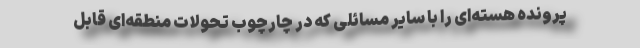
پرونده هسته‌ای را با سایر مسائلی که در چارچوب تحولات منطقه‌ای قابل